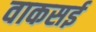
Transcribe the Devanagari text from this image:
वाकसई